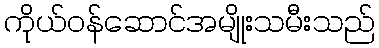
ကိုယ်ဝန်ဆောင်အမျိုးသမီးသည်